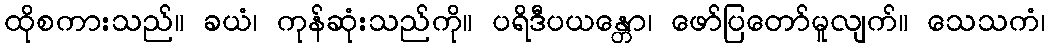
ထိုစကားသည်။ ခယံ၊ ကုန်ဆုံးသည်ကို။ ပရိဒီပယန္တော၊ ဖော်ပြတော်မူလျက်။ သေသကံ၊